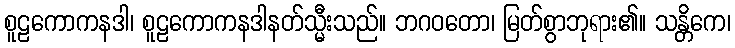
စူဠကောကနဒါ၊ စူဠကောကနဒါနတ်သ္မီးသည်။ ဘဂဝတော၊ မြတ်စွာဘုရား၏။ သန္တိကေ၊